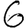
Digit: 6